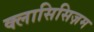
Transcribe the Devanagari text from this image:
क्लासिसिज़म